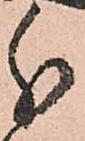
分